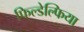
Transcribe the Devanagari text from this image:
फिल्डेल्फिया